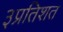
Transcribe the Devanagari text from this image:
३प्रतिशत